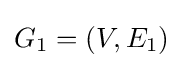
G_{1}=(V,E_{1})